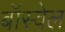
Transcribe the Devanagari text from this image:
बॉस्वेल